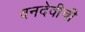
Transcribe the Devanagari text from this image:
वनदेवीची